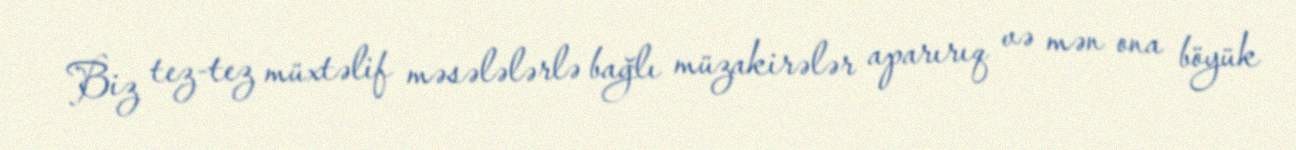
Biz tez-tez müxtəlif məsələlərlə bağlı müzakirələr aparırıq və mən ona böyük